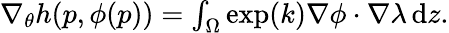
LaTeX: \begin{array}{r}{\nabla_{\theta}h(p,\phi(p))=\int_{\Omega}\exp(k)\nabla\phi\cdot\nabla\lambda\, \mathrm{d}z.}\end{array}